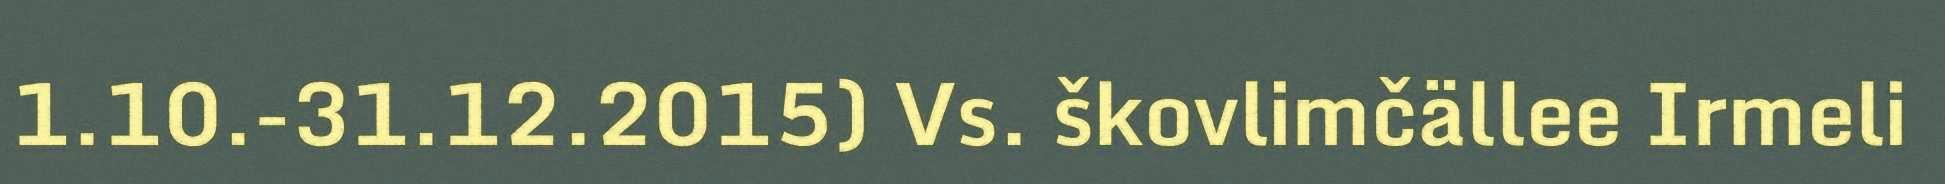
1.10.-31.12.2015) Vs. škovlimčällee Irmeli